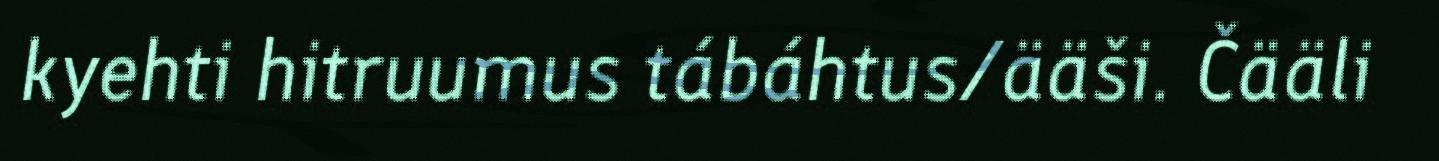
kyehti hitruumus tábáhtus/ääši. Čääli